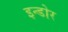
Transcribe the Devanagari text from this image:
इन्‍डोर